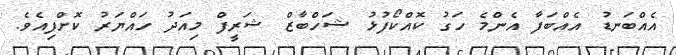
އެއްބަނޑު އެއްބަފާ އެންމެ ހަގު ކޮއްކޯފުޅު ޝަހްބާޒް ޝަރީފް މިއަދު ހައްޔަރު ކޮށްފިއެވެ.